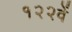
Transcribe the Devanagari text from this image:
१२२वें